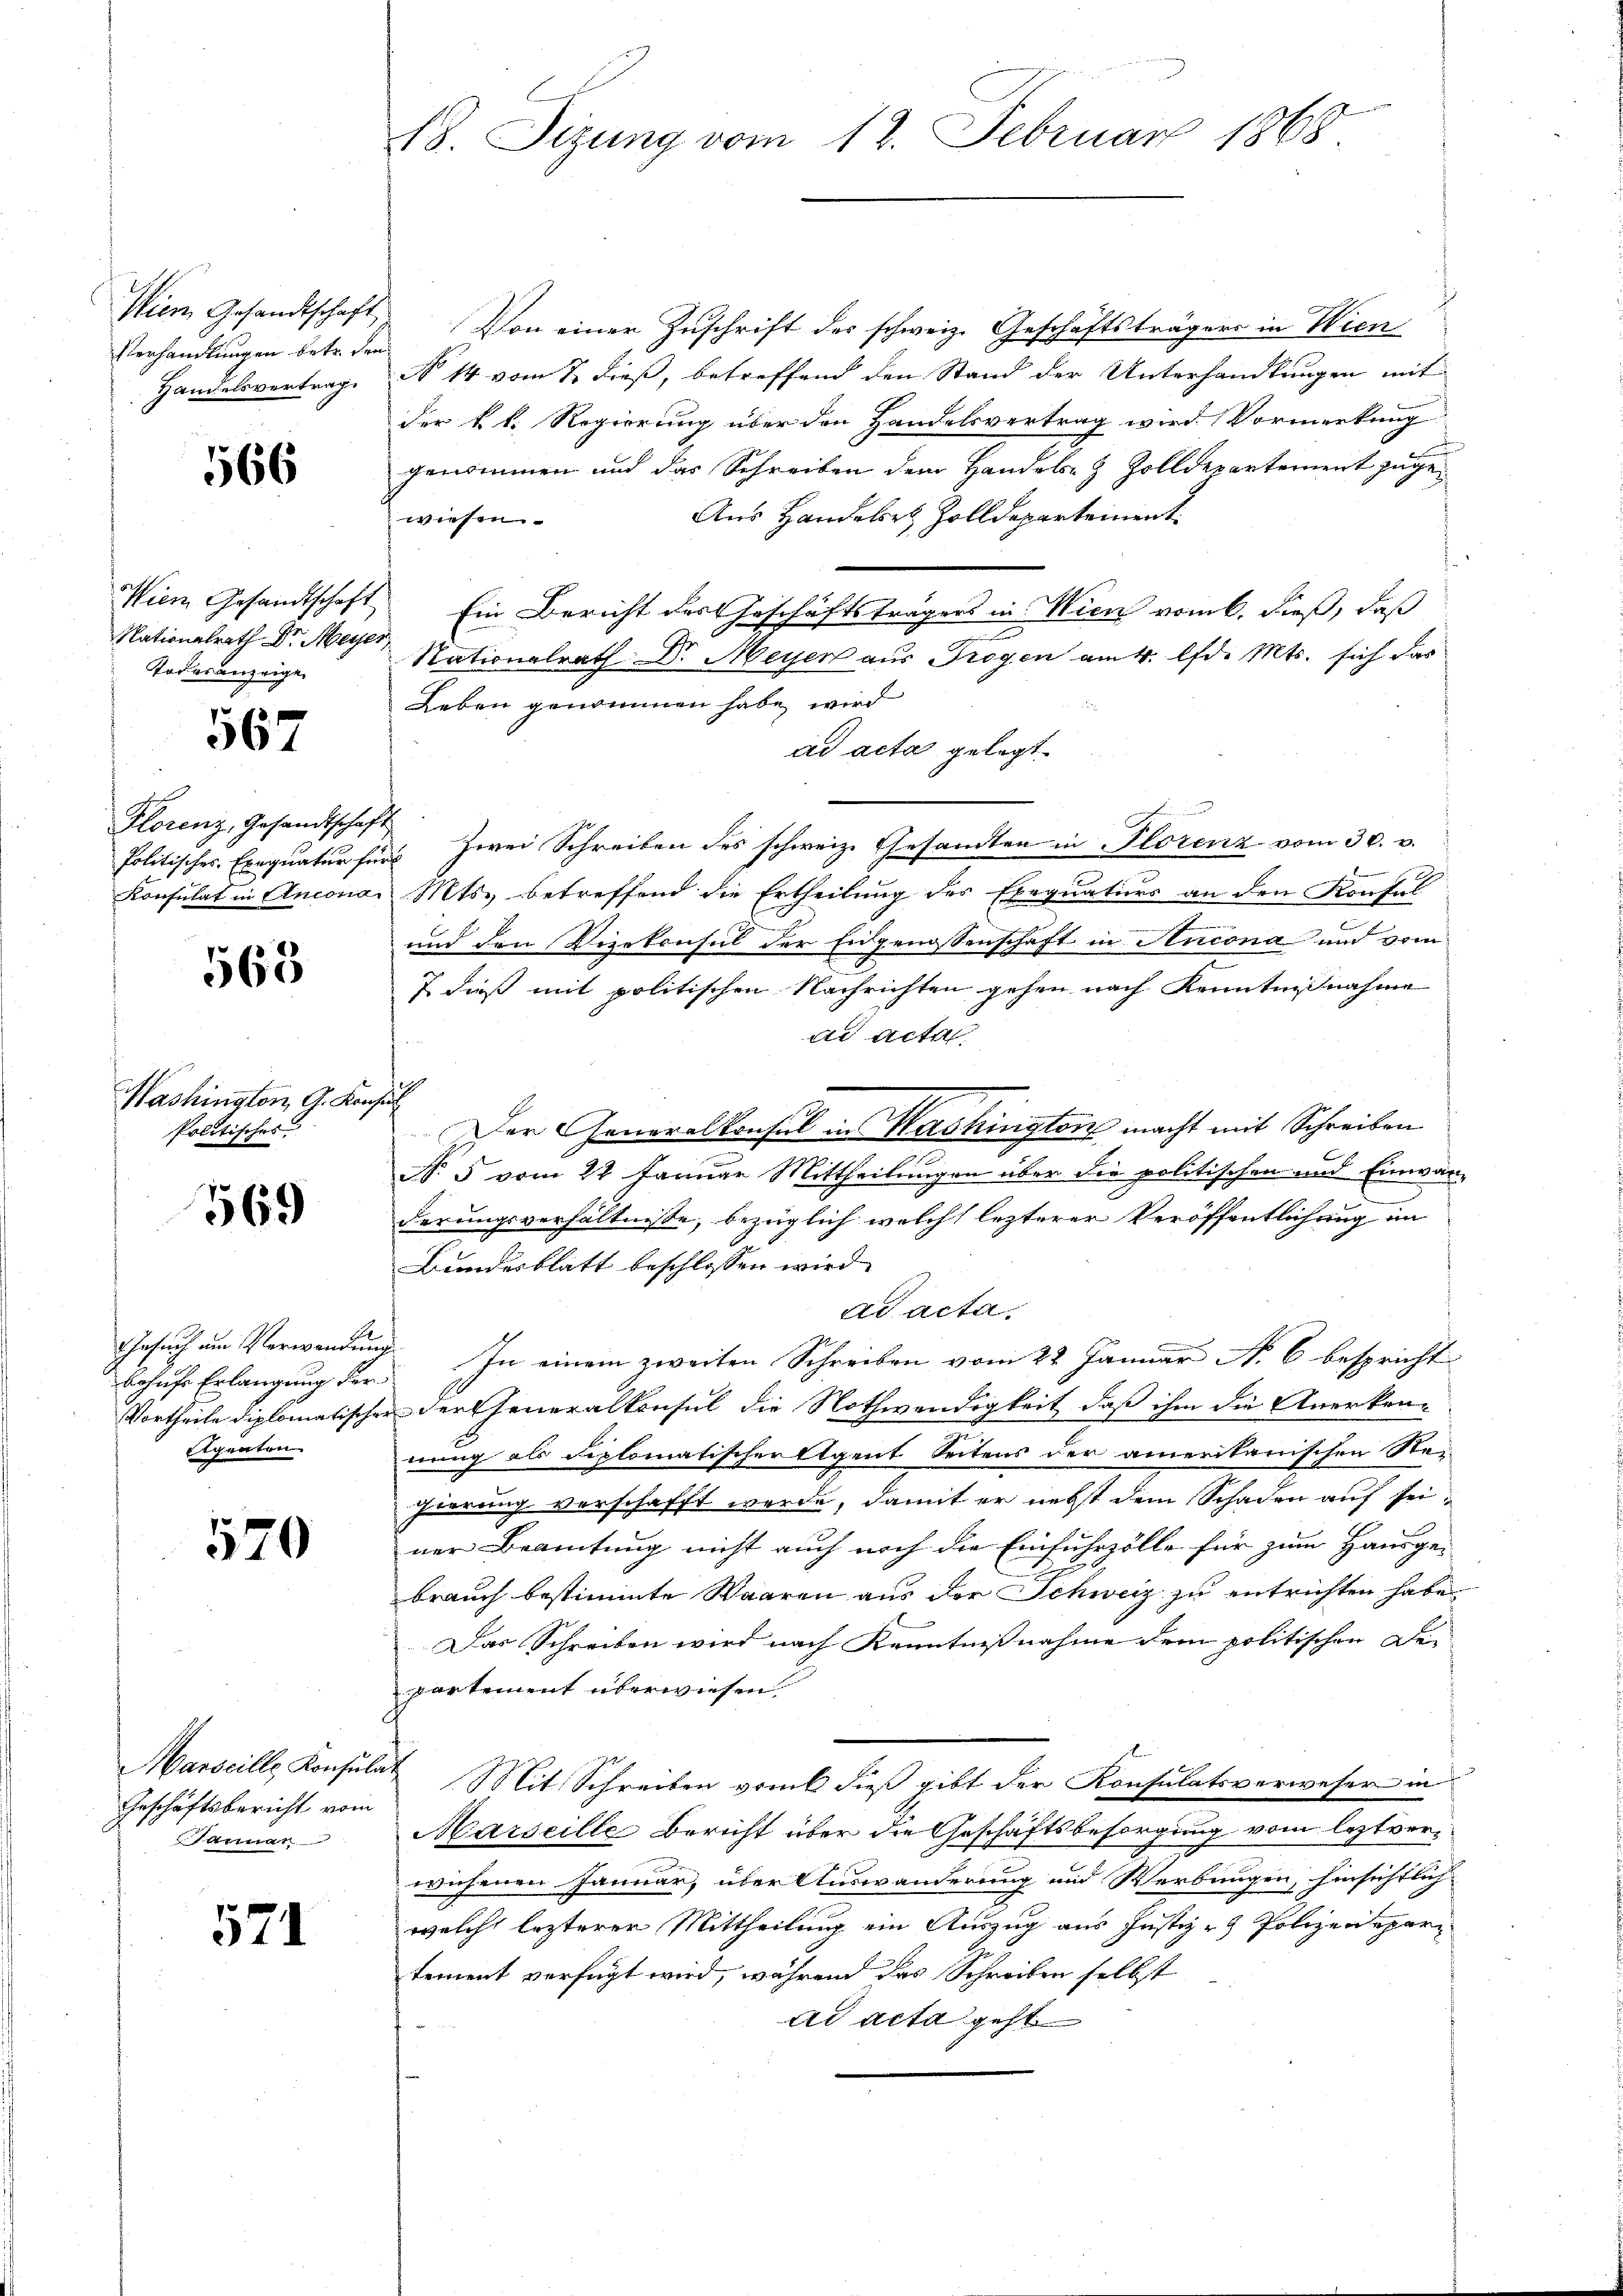
Verhandlungen betr. den
Handelsvertrag.

566

Todesanzeige

567

Florenz, Gesandtschaft

563

Washington G. Konz
Politisches

569

Gesuch am Verwendung
Agenten

570

Geschäftsbericht vom
Sarcuar

571

Wien Gesandtschaft Von einer Zuschrift des schweiz. Geschäftsträgers in Wien
N 14 vom 2. dieß, betreffend den Stand der Unterhandlungen mit
der k. k. Regierung über den Handelsvertrag wird Vormerkung
genommen und das Schreiben dem Handels- & Zolldepartement zuge¬
Aus Handelst Zolldepartement
wiesen.
Wien Gesandtschaft Ein Bericht des Geschäftsträgers in Wien vom 6. dieß, daß
.
Nationalrath Dr. Meyer, Nationalrath Dr. Meyer aus Trogen am 4. lfd. Mts. sich das
Leben genommen habe, wird
ad acta gelegt.
folitisches Exequatur für zwei Schreiben des schweiz. Gesandten in Plorenz vom 30. v.
Konsulat in Ancona. Mts., betreffend die Ertheilung des Exequaturs an den Konful
und den Vizekonsul der Eidgenossenschaft in Ancona und vom
J. dieß mit politischen Nachrichten gehen nach Kenntnißnahme
ad acta
d
Der Generalkonsul in Washington macht mit Schreiben
No 5 vom 22 Januar Mittheilungen über die politischen und Einwanderungsverhältnisse, bezüglich welche lezterer Veröffentlichung im
Bundesblatt beschlossen wird.
ad acta.
behufe Erlangung der In einem zweiten Schreiben vom 22. Januar N. 6 bespricht
Vortheile diplomatischer der Generalkonsul die Nothwendigkeit, daß ihm die Anerken-
nung als diplomatischen Agent Seitens der amerikanischen Re-
gierung verschafft werde, damit er nebst dem Schaden auf seiner Beamtung nicht auch noch die Einfuhrzölle für zum Hausge-
brauch bestimmte Waaren aus der Schweiz zu entrichten habe.
Das Schreiben wird nach Kenntnißnahme dem politischen De-
partement überwiesen.
Marseille Konsulat Mit Schreiben vom 6 dieß gibt der Konsulatsverweser in
Marseille Bericht über die Geschäftsbesorgung vom leztverwichenen Januar, über Auswanderung und Werbungen, hinsichtlich
welche lezterer Mittheilung ein Auszug aus Justiz - Polizeirpartement verfügt wird, während das Schreiben selbst
ad acta geht

18. Sitzung vom 12. Februar 1868